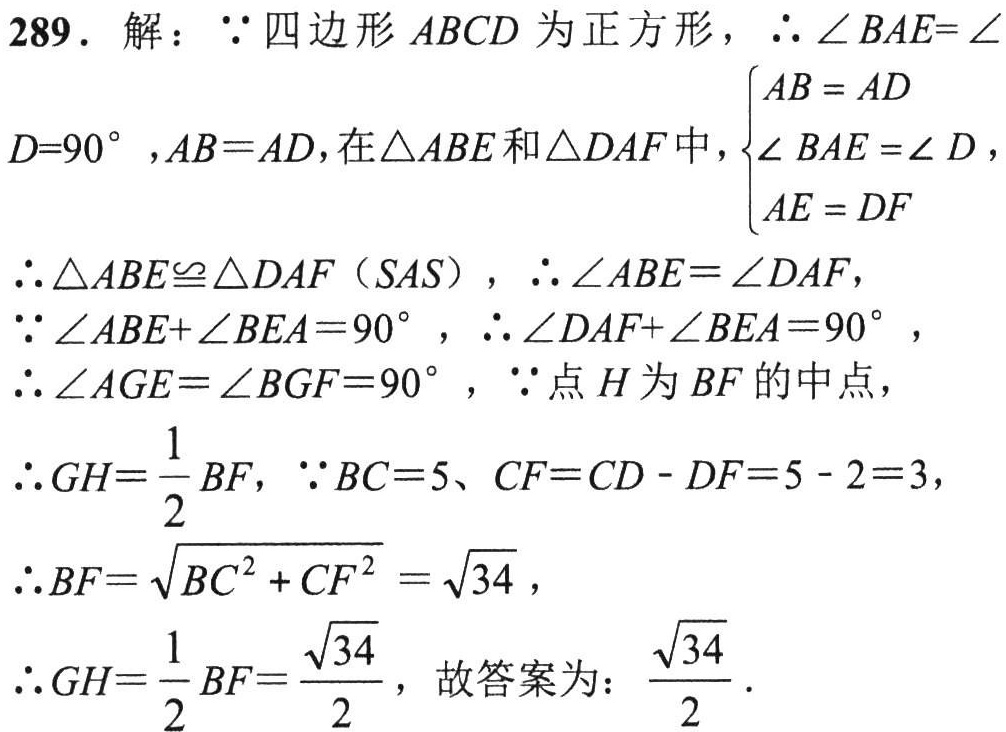
289. 解：\(\because\)四边形\(ABCD\)为正方形，\(\therefore\angle BAE = \angle D = 90^{\circ},AB = AD\)，在\(\triangle ABE\)和\(\triangle DAF\)中，\(\begin{cases}AB = AD\\\angle BAE=\angle D\\AE = DF\end{cases}\)
\(\therefore\triangle ABE\cong\triangle DAF\)（\(SAS\)），\(\therefore\angle ABE=\angle DAF\)，
\(\because\angle ABE+\angle BEA = 90^{\circ}\)，\(\therefore\angle DAF+\angle BEA = 90^{\circ}\)，
\(\therefore\angle AGE=\angle BGF = 90^{\circ}\)，\(\because\)点\(H\)为\(BF\)的中点，
\(\therefore GH=\frac{1}{2}BF\)，\(\because BC = 5\)、\(CF=CD - DF = 5 - 2 = 3\)，
\(\therefore BF=\sqrt{BC^{2}+CF^{2}}=\sqrt{34}\)，
\(\therefore GH=\frac{1}{2}BF=\frac{\sqrt{34}}{2}\)，故答案为：\(\frac{\sqrt{34}}{2}\)．